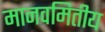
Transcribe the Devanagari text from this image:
मानवमितीय